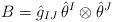
LaTeX: \begin{align*}B = \hat{g}_{IJ}\, \hat{\theta}^I \otimes \hat{\theta}^J\end{align*}